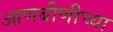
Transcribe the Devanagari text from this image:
आणबीणीच्या